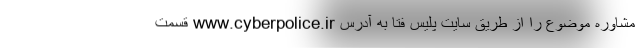
مشاوره موضوع را از طریق سایت پلیس فتا به آدرس www.cyberpolice.ir قسمت